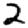
Digit: 2